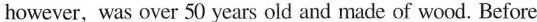
however, was over 50 years old and made of wood. Before